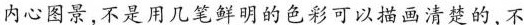
内心图景,不是用几笔鲜明的色彩可以描画清楚的,不